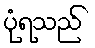
ပုံရသည်